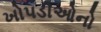
ખોપડીઓનો